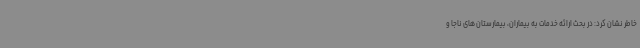
خاطر نشان کرد: در بحث ارائه خدمات به بیماران، بیمارستان های ناجا و